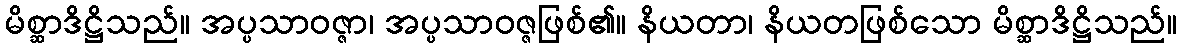
မိစ္ဆာဒိဋ္ဌိသည်။ အပ္ပသာဝဇ္ဇာ၊ အပ္ပသာဝဇ္ဇဖြစ်၏။ နိယတာ၊ နိယတဖြစ်သော မိစ္ဆာဒိဋ္ဌိသည်။